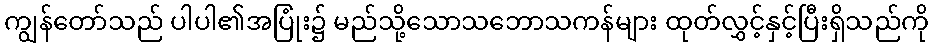
ကျွန်တော်သည် ပါပါ၏အပြုံး၌ မည်သို့သောသဘောသကန်များ ထုတ်လွှင့်နှင့်ပြီးရှိသည်ကို